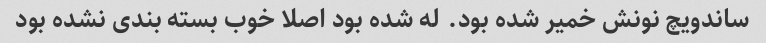
ساندویچ نونش خمیر شده بود. له شده بود اصلا خوب بسته بندی نشده بود